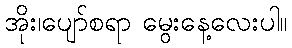
အိုး၊ပျော်စရာ မွေးနေ့လေးပါ။